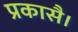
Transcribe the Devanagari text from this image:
प्रकासै।